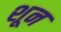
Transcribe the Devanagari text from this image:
शून